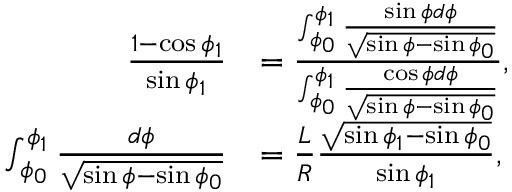
\begin{array} { r l } { \frac { 1 - \cos \phi _ { 1 } } { \sin \phi _ { 1 } } } & { = \frac { \int _ { \phi _ { 0 } } ^ { \phi _ { 1 } } \frac { \sin \phi d \phi } { \sqrt { \sin \phi - \sin \phi _ { 0 } } } } { \int _ { \phi _ { 0 } } ^ { \phi _ { 1 } } \frac { \cos \phi d \phi } { \sqrt { \sin \phi - \sin \phi _ { 0 } } } } , } \\ { \int _ { \phi _ { 0 } } ^ { \phi _ { 1 } } \frac { d \phi } { \sqrt { \sin \phi - \sin \phi _ { 0 } } } } & { = \frac { L } { R } \frac { \sqrt { \sin \phi _ { 1 } - \sin \phi _ { 0 } } } { \sin \phi _ { 1 } } , } \end{array}